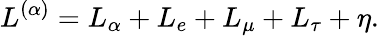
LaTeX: L^{(\alpha)}=L_{\alpha}+L_{e}+L_{\mu}+L_{\tau}+\eta.